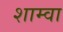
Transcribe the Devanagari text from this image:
शाम्वा